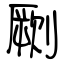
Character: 劂